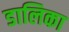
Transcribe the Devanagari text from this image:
डालिका